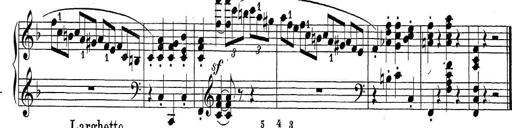
Title: Sonatina Album
Composer: Louis KÃ¶hler